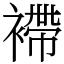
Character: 𧜵